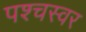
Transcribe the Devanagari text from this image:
पश्चस्वर